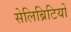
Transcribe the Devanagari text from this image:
सेलिब्रिटियों